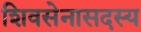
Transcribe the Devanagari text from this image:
शिवसेनासदस्य